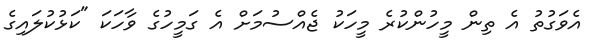
އެވަގުތު އެ ތިން މީހުންކުރެ މީހަކު ޖެއްސުމަށް އެ ގަމީހުގެ ވާހަކަ "ކަޅުކުލައިގެ